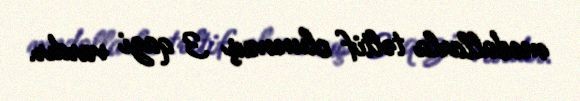
medallarla təltif olunmuş 3 qazi vardır.